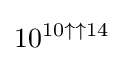
10^{10\uparrow \uparrow 14}